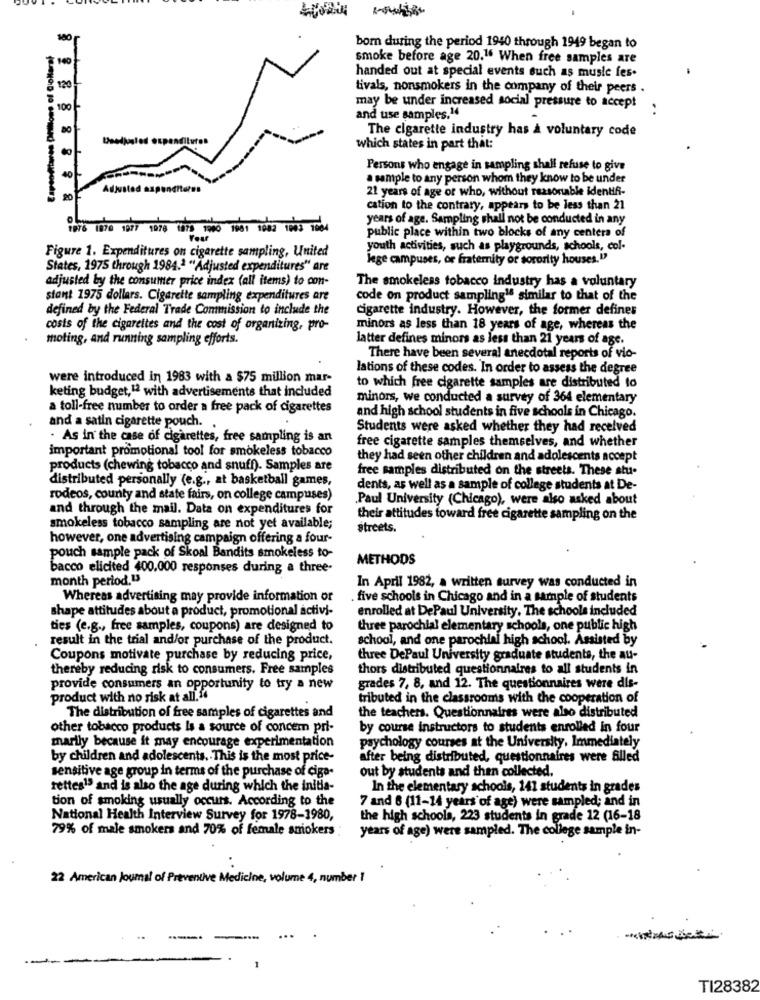
bom during the period 1940 through 1949 began to
140
smoke before age 20.16 When free samples are
handed out at special events such as muste fes.
120
tivals, nonsmokers in the company of their peers .
100
may be under increased social pressure to accept
and use samples.14
80
The cigarette industry has a voluntary code
Adilures
which states in part that:
40
Persons who engage in sampling shall refuse to give
a sample to any person whom they know to be under
21 years of age or who, without reasonable identif-
20
cation to the contrary, appears to be less than 21
years of age. Sampling shall not be conducted in any
Your
public place within two blocks of any centera of
youth activities, such as playgrounds, schools, col-
Figure 1. Expenditures on cigarette sampling, United
lege campuses, or fraternity or sorority houses."
States, 1975 through 1984.ª "Adjusted expenditures" are
adjusted by the consumer price index (all items) to con-
The smokeless tobacco industry has a voluntary
stant 1975 dollars. Cigarette sampling expenditures are
code on product sampling1 similar to that of the
defined by the Federal Trade Commission to include the
cigarette industry. However, the former defines
costs of the cigarettes and the cost of organizing, pro-
minors as less than 18 years of age, whereas the
moting, and running sampling efforts.
latter defines minors as less than 21 years of age.
There have been several anecdotal reports of vio-
lations of these codes. In order to assess the degree
were introduced in 1983 with a $75 million mar-
to which free cigarette samples are distributed to
keting budget,12 with advertisements that included
minors, we conducted a survey of 364 elementary
a toll-free number to order a free pack of cigarettes
and high school students in five schools in Chicago.
and a satin cigarette pouch.
Students were asked whether they had received
. As in the case of cigarettes, free sampling is an
important promotional tool for smokeless tobacco
free cigarette samples themselves, and whether
they had seen other children and adolescents accept
products (chewing tobacco and snuff). Samples are
free samples distributed on the streets. These stu-
distributed personally (e.g ., at basketball games,
dents, as well as a sample of college students at De-
rodeos, county and state fairs, on college campuses)
.Paul University (Chicago), were also asked about
and through the mail. Data on expenditures for
their attitudes toward free cigarette sampling on the
smokeless tobacco sampling are not yet available;
streets.
however, one advertising campaign offering a four-
pouch sample pack of Skoal Bandits smokeless to-
METHODS
bacco elicited 400.000 responses during a three-
month period.U
In April 1982, a written survey was conducted in
Whereas advertising may provide information or
. five schools in Chicago and in a sample of students
shape attitudes about a product, promotional activi-
enrolled at DePaul University, The schools included
ties (e.g ., free samples, coupons) are designed to
three parochial elementary schools, one public high
result in the trial and/or purchase of the product.
school, and one parochial high school. Assisted by
Coupons motivate purchase by reducing price,
three DePaul University graduate students, the au-
thereby reducing risk to consumers. Free samples
thors distributed questionnaires to all students in
provide consumers an opportunity to try a new
grades 7, 8, and 12. The questionnaires were dis-
product with no risk at all.14
tributed in the classrooms with the cooperation of
The distribution of free samples of cigarettes and
the teachers. Questionnaires were also distributed
other tobacco products Is a source of concern pri-
by course instructors to students enrolled in four
psychology courses at the University, Immediately
marily because it may encourage experimentation
by children and adolescents. This is the most price-
after being distributed, questionnaires were filled
sensitive age group in terms of the purchase of cigo.
out by students and then collected.
rettes15 and is also the age during which the initia-
In the elementary schools, 141 students in grades
tion of smoking usually occurs. According to the
7 and 6 (11-14 years of age) were sampled; and in
National Health Interview Survey for 1978-1980,
the high schools, 223 students in grade 12 (16-18
79% of male smokers and 70% of female smokers :
years of age) were sampled. The college sample in-
22 American Journal of Preventive Medicine, volume 4, number 1
TI28382